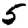
Digit: 5